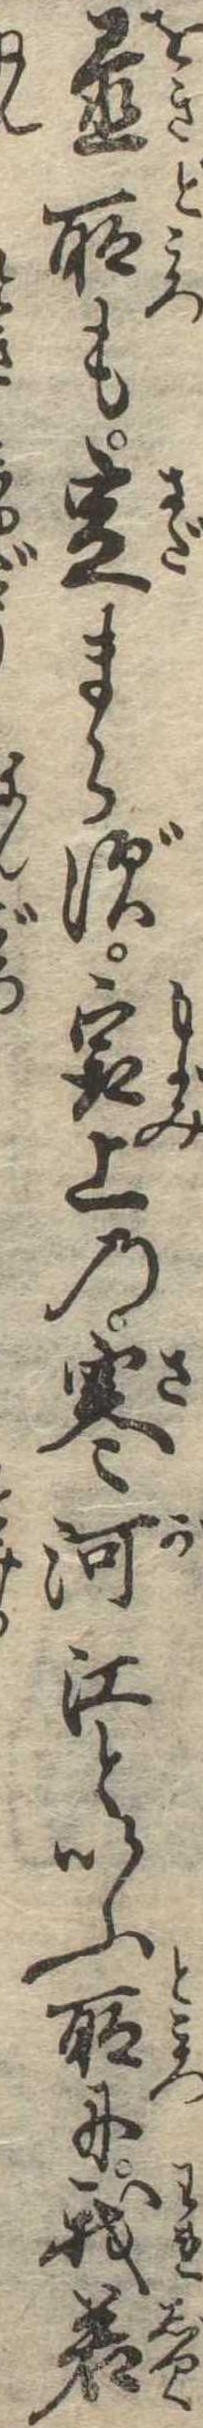
置所も定まらず最上の寒河江といふ所に我若